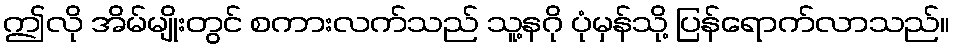
ဤလို အိမ်မျိုးတွင် စကားလက်သည် သူ့နဂို ပုံမှန်သို့ ပြန်ရောက်လာသည်။